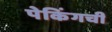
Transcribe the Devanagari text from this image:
पेकिंगची